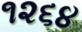
૧૨૬૪